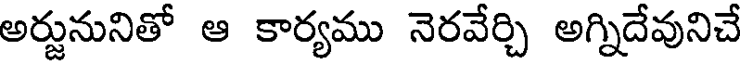
అర్జునునితో ఆ కార్యము నెరవేర్చి అగ్నిదేవునిచే